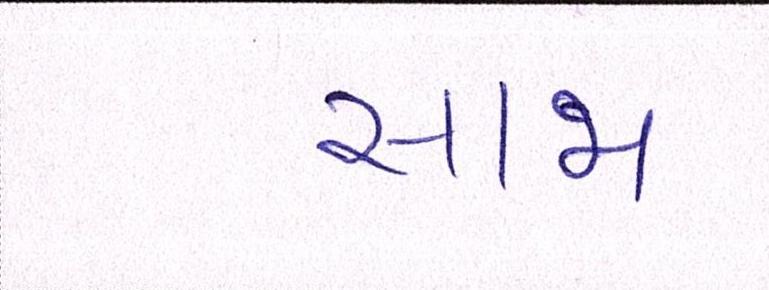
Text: સાજા